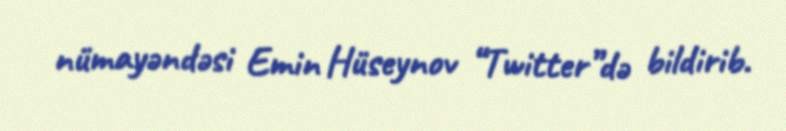
nümayəndəsi Emin Hüseynov “Twitter”də bildirib.